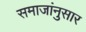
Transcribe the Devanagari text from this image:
समाजांनुसार